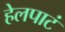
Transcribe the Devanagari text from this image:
हेलपाटं